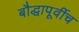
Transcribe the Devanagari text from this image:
बौद्धापूर्वीच